Report on the working of the Ranchi Indian Mental Hospital, Kanke, in Bihar and Orissa - 1930-1940
Year: 1930
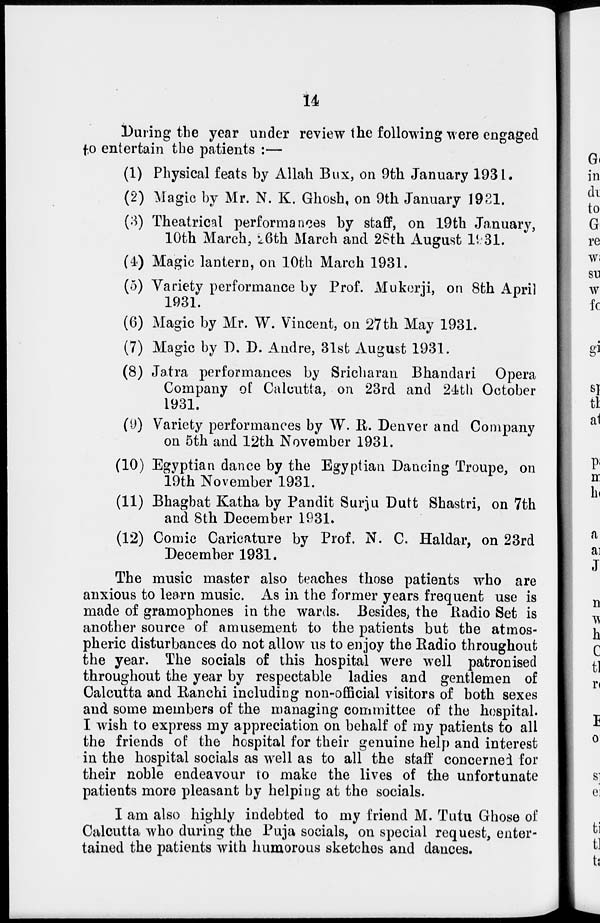
14
During the year under review the following were engaged
to entertain the patients :—
(1) Physical feats by Allah Bux, on 9th January 1931.
(2) Magic by Mr. N. K. Ghosh, on 9th January 1921.
(3) Theatrical performances by staff, on 19th January,
10th March, 26th March and 28th August 1931.
(4) Magic lantern, on 10th March 1931.
(5) Variety performance by Prof. Mukerji, on 8th April
1931.
(6) Magic by Mr. W. Vincent, on 27th May 1931.
(7) Magic by D. D. Andre, 31st August 1931.
(8) Jatra performances by Sricharan Bhandari Opera
Company of Calcutta, on 23rd and 24th October
1931.
(9) Variety performances by W. R. Denver and Company
on 5th and 12th November 1931.
(10) Egyptian dance by the Egyptian Dancing Troupe, on
19th November 1931.
(11) Bhagbat Katha by Pandit Surju Dutt Shastri, on 7th
and 8th December 1931.
(12) Comic Caricature by Prof. N. C. Haldar, on 23rd
December 1931.
The music master also teaches those patients who are
anxious to learn music. As in the former years frequent use is
made of gramophones in the wards. Besides, the Radio Set is
another source of amusement to the patients but the atmos-
pheric disturbances do not allow us to enjoy the Radio throughout
the year. The socials of this hospital were well patronised
throughout the year by respectable ladies and gentlemen of
Calcutta and Ranchi including non-official visitors of both sexes
and some members of the managing committee of the hospital.
I wish to express my appreciation on behalf of my patients to all
the friends of the hospital for their genuine help and interest
in the hospital socials as well as to all the staff concerned for
their noble endeavour to make the lives of the unfortunate
patients more pleasant by helping at the socials.
I am also highly indebted to my friend M. Tutu Ghose of
Calcutta who during the Puja socials, on special request, enter-
tained the patients with humorous sketches and dances.